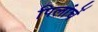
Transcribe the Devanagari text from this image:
पिलांचें